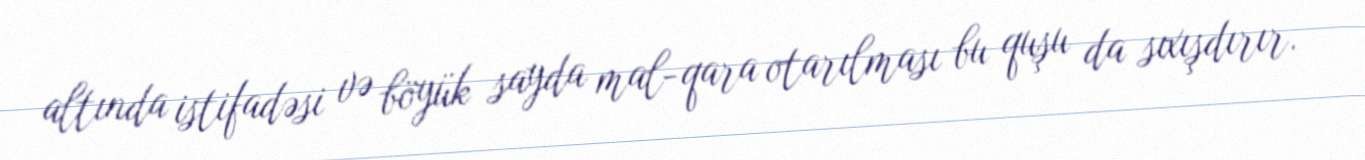
altında istifadəsi və böyük sayda mal-qara otarılması bu quşu da sıxışdırır.